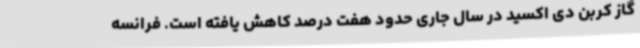
گاز کربن دی اکسید در سال جاری حدود هفت درصد کاهش یافته است. فرانسه